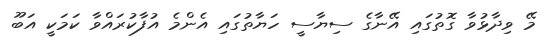
މޭ ވިދާޅުވާ ގޮތުގައި އޭނާގެ ސިޔާސީ ހަޔާތުގައި އެންމެ އުފާކުރައްވާ ކަމަކީ އަބޫ